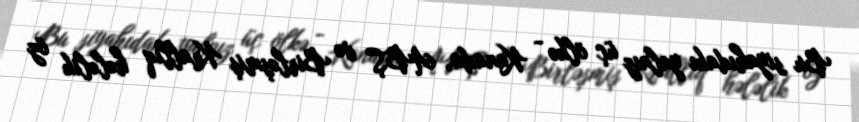
Bu siyahıdakı yalnız üç ölkə - Kanada, ABŞ və Birləşmiş Krallıq hələlik öz